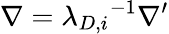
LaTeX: \nabla={\lambda_{D,i}}^{-1}{\nabla^{\prime}}